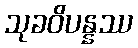
သုခဝိပန္နဿ